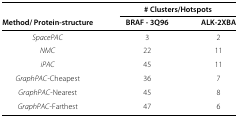
<table><thead><tr><td><b> </b></td><td colspan="2"><b># Clusters/Hotspots</b></td></tr><tr><td><b>Method/ Protein-structure</b></td><td><b>BRAF - 3Q96</b></td><td><b>ALK-2XBA</b></td></tr></thead><tbody><tr><td><i>SpacePAC</i></td><td>3</td><td>2</td></tr><tr><td><i>NMC</i></td><td>22</td><td>11</td></tr><tr><td><i>iPAC</i></td><td>45</td><td>11</td></tr><tr><td><i>GraphPAC</i>-Cheapest</td><td>36</td><td>7</td></tr><tr><td><i>GraphPAC</i>-Nearest</td><td>45</td><td>8</td></tr><tr><td><i>GraphPAC</i>-Farthest</td><td>47</td><td>6</td></tr></tbody></table>